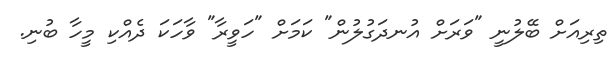
ތިރިއަށް ބޭލުނީ "ވަރަށް އުނދަގުލުން" ކަމަށް "ހަވީރާ" ވާހަކަ ދެއްކި މީހާ ބުނި.